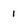
Character: 1